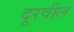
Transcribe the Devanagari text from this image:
दूरवील